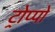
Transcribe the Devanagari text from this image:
ट्रोप्पो